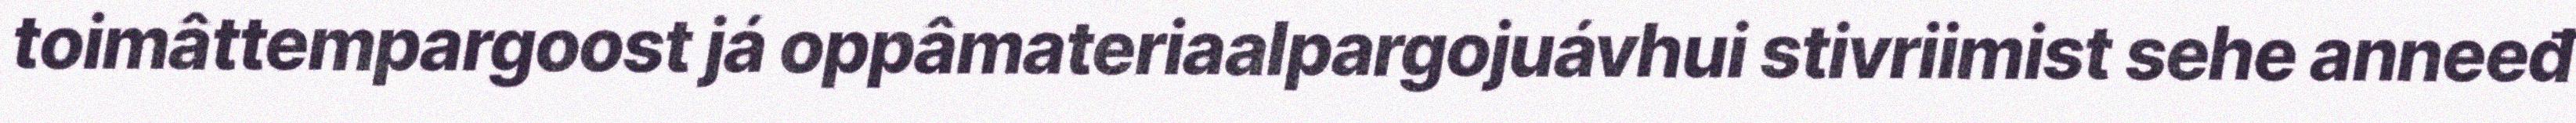
toimâttempargoost já oppâmateriaalpargojuávhui stivriimist sehe anneeđ